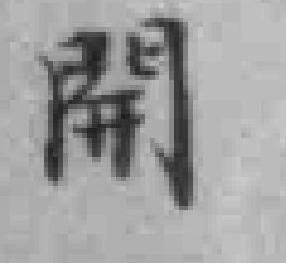
開